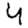
Digit: 4